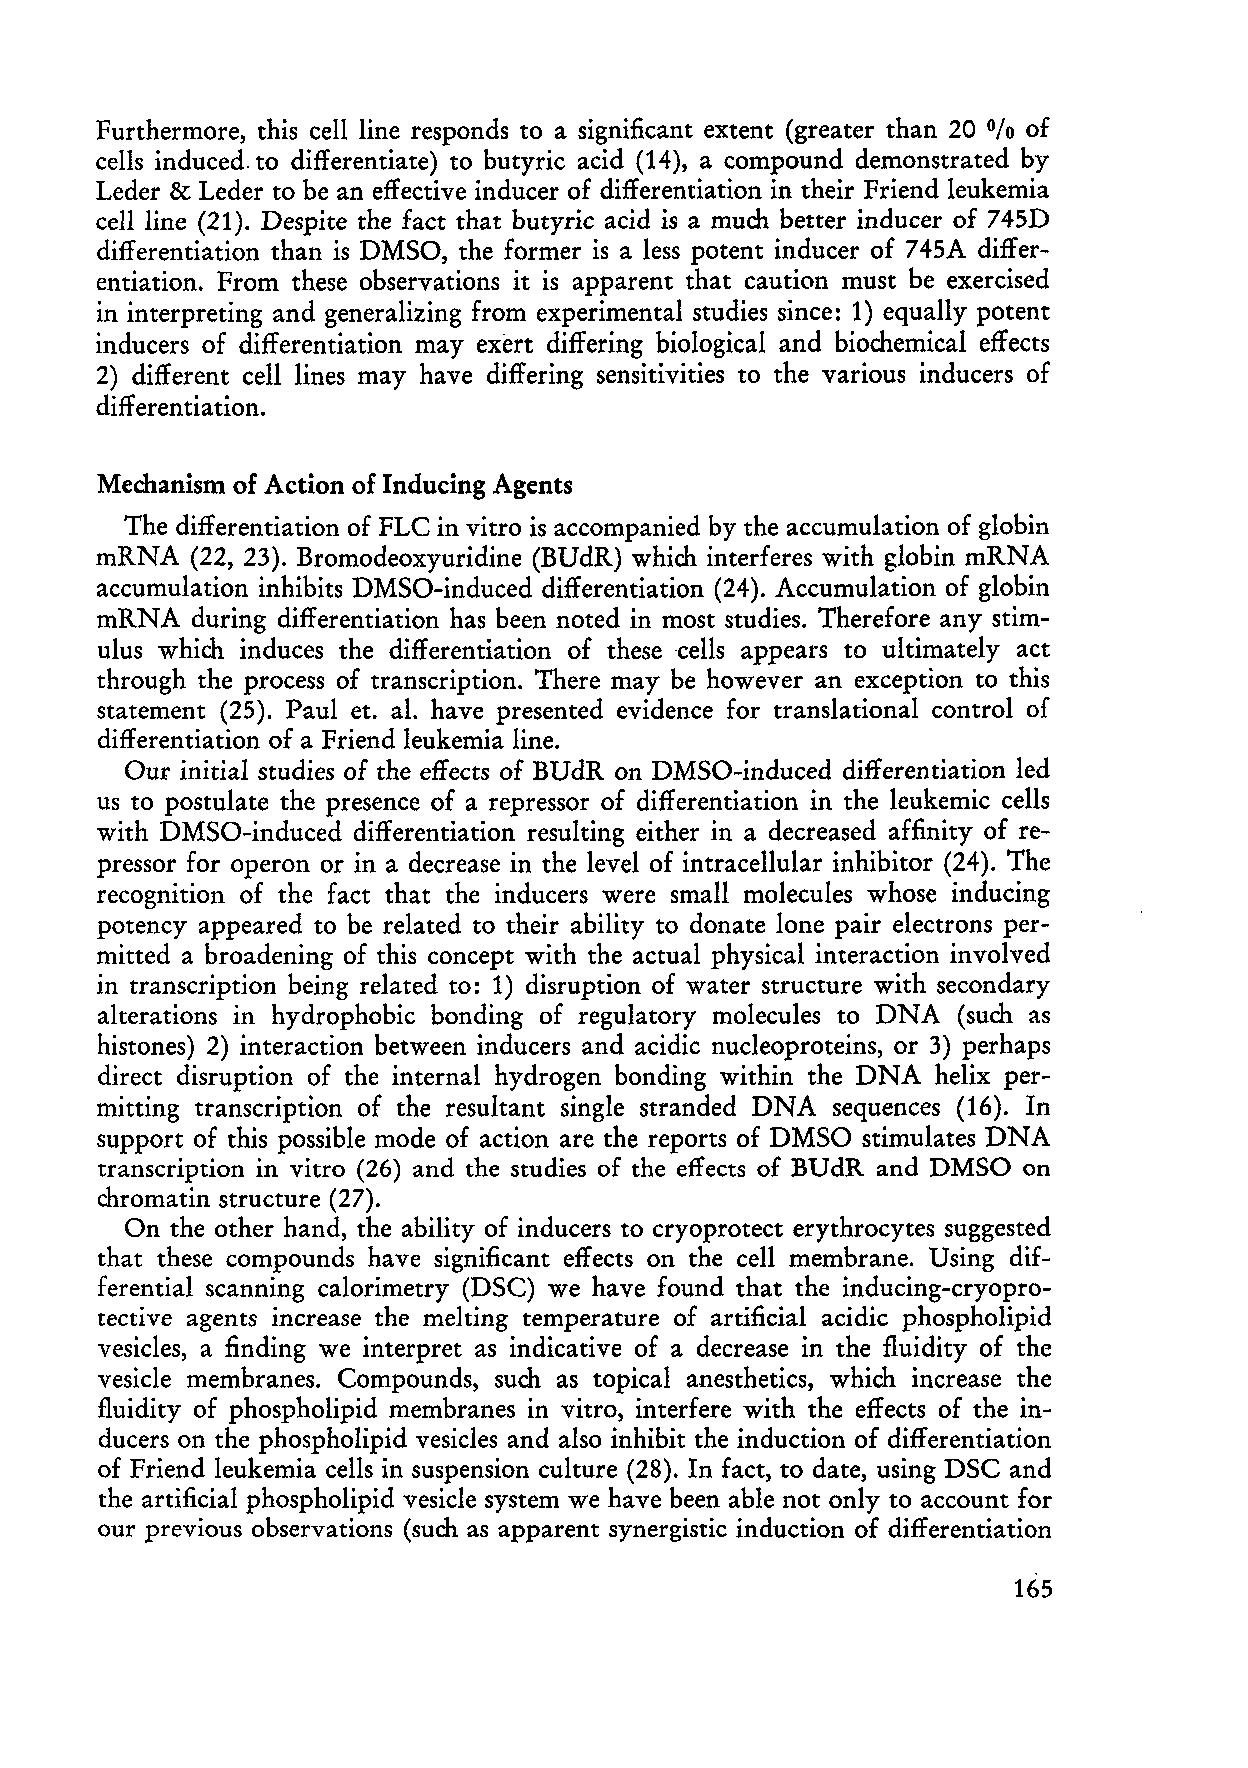
Furthermore, this cell line responds to a significant extent (greater than 20 of
 %
 cells induced. to differentiate) to butyric acid (14), a compound demonstrated by
 Leder & Leder to be an effective inducer of differentiation in their Friend leukemia
 cellline (21). Despite the fact that butyric acid is a much better inducer of 745D
 differentiation than is DMSO, the former is a less potent inducer of 745A differ
 entiation. From these observations it is apparent that caution must be exercised
 in interpreting and generalizing from experimental studies since: 1) equally potent
 inducers of differentiation may exert differing biological and biochemical effects
 2) different cell lines may have differing sensitivities to the various inducers of
 differentiation.
 Mechanism of Action of Inducing Agents
 The differentiation of FLC in vitro is accompanied by the accumulation of globin
 mRNA   (22, 23). Bromodeoxyuridine (BUdR) which interferes with globin mRNA
 accumulation inhibits DMSO-induced differentiation (24). Accumulation of globin
 mRNA   during differentiation has been noted in most studies. Therefore any stim
 ulus which induces the differentiation of thesecells appeal'S to ultimately act
 through the process of transcription. There may be however an exception to this
 statement (25). Paul et. a1. have presented evidence for translational control of
 differentiation of a Friend leukemia line.
 Ou1' initial studies of the effects of BUdR on DMSO-induced differentiation led
 us to postulate the presence of a repressor of differentiation in the leukemic cells
 with DMSO-induced differentiation resulting either in a decreased affinity of re
 pressor for operon or in a decrease in the level of intracellular inhibitor (24). The
 recognition of the fact that the inducers were small mole-cules whose inducing
 potency appeared to be related to their ability to donate lone pair electrons per
 mitted a broadening of this concept with the actual physical interaction involved
 in transcription being related to: 1) disruption of water structure with secondary
 alterations in hydrophobie bonding of regulatory molecules to DNA (such as
 histones) 2) interaction between inducers and acidic nucleoproteins, or 3) perhaps
 direct disruption of the internal hydrogen bonding within the DNA helix per
 mitting transcription of the resultant single stranded DNA sequences (16). In
 support of this possible mode of action are the reports of DMSO stimulates DNA
 transcription in vitro (26) and the studies of the effects of BUdR and DMSO on
 chromatin structure (27).
 On the other hand, the ability of inducers to cryoprotect erythrocytes suggested
 that these compounds have significant effects on the cell membrane. Using dif
 ferential scanning calorimetry (DSC) we have found that the inducing-cryopro
 tective agents increase the melting temperature of artificial acidic phospholipid
 vesicles, a finding we interpret as indicative of a decrease in the fluidity of the
 vesicle membranes. Compounds, such as topical anesthetics, which increase the
 fluidity of phospholipid membranes in vitro, interfere with the effects of the in
 ducers on the phospholipid vesicles and also inhibit the induction of differentiation
 of Friend leukemia cells in suspension culture (28). In fact, to date, using DSC and
 the artificial phospholipid vesicle system we have been able not only to account for
 our previous observations (such as apparent synergistic induction of differentiation
 165